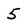
Character: 5